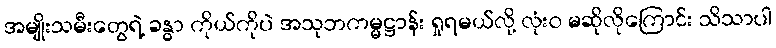
အမျိုးသမီးတွေရဲ့ ခန္ဓာ ကိုယ်ကိုပဲ အသုဘကမ္မဋ္ဌာန်း ရှုရမယ်လို့ လုံးဝ မဆိုလိုကြောင်း သိသာပါ